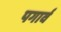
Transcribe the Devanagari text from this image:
पगार्व